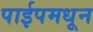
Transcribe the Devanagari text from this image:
पाईपमधून